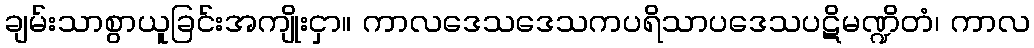
ချမ်းသာစွာယူခြင်းအကျိုးငှာ။ ကာလဒေသဒေသကပရိသာပဒေသပဋိမဏ္ဍိတံ၊ ကာလ